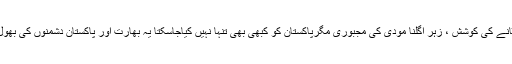
بھارت کی مقبوضہ کشمیر سے توجہ ہٹانے کی کوشش ، زہر اگلنا مودی کی مجبوری مگرپاکستان کو کبھی بھی تنہا نہیں کیاجاسکتا یہ بھارت اور پاکستان دشمنوں کی بھول ہے کہ وہ پاکستان کو تنہا کردیں گے ۔